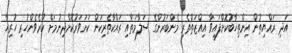
އަދި ރައްޔިތުން އިންތިޚާބުކޮށްފައިވާ އިއްޒަތްތެރި މެންބަރުންގެ ސަލާމަތާއި ރައްކާތެރިކަން ކަށަވަރުކޮށްދިނުމަށް ކުރެވެންހުރި ހުރިހާ